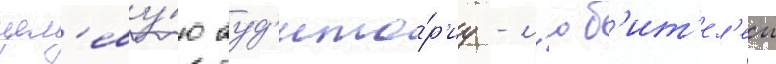
цел'еву́ю ауд'ито́р'иу - л'юб'ит'ел'еи